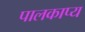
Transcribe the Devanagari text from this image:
पालकाप्य